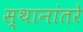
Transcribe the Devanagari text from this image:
स्थानांतरे